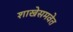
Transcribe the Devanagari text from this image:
शाखेसमवेत